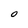
Character: O